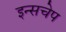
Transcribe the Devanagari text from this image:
इन्सचेप